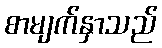
စာမျက်နှာသည်